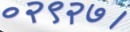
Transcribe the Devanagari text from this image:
०२९२७।